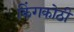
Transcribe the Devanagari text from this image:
किंगकोठी